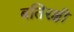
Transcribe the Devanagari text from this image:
बतिरक्षी